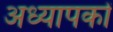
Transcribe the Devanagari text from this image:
अध्‍यापकों